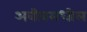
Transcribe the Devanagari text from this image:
अवीवमधील